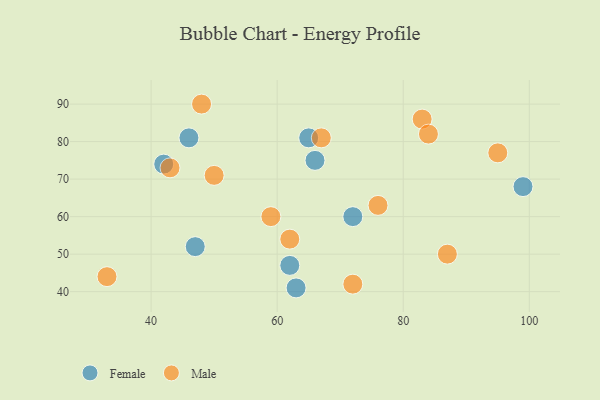
{"axis": {"x": "GDP", "y": "Life Expectancy"}, "legend": ["Female", "Male"], "data": [{"x": "46", "y": 81, "type": "Female"}, {"x": "99", "y": 68, "type": "Female"}, {"x": "72", "y": 60, "type": "Female"}, {"x": "47", "y": 52, "type": "Female"}, {"x": "66", "y": 75, "type": "Female"}, {"x": "63", "y": 41, "type": "Female"}, {"x": "42", "y": 74, "type": "Female"}, {"x": "65", "y": 81, "type": "Female"}, {"x": "62", "y": 47, "type": "Female"}, {"x": "48", "y": 90, "type": "Male"}, {"x": "43", "y": 73, "type": "Male"}, {"x": "95", "y": 77, "type": "Male"}, {"x": "72", "y": 42, "type": "Male"}, {"x": "83", "y": 86, "type": "Male"}, {"x": "76", "y": 63, "type": "Male"}, {"x": "62", "y": 54, "type": "Male"}, {"x": "67", "y": 81, "type": "Male"}, {"x": "87", "y": 50, "type": "Male"}, {"x": "33", "y": 44, "type": "Male"}, {"x": "84", "y": 82, "type": "Male"}, {"x": "50", "y": 71, "type": "Male"}, {"x": "59", "y": 60, "type": "Male"}]}